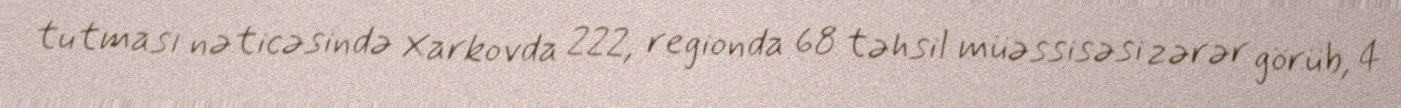
tutması nəticəsində Xarkovda 222, regionda 68 təhsil müəssisəsi zərər görüb, 4